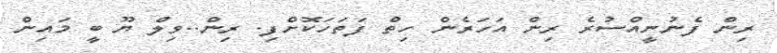
ރިން ފެނުނީއްސުރެ ރިން އަހަރެން ހިތް ފަތަހަކޮށްފި. ރިން..ވިލް ޔޫ ބީ މައިން